Scottish Leaving Certificate Examination, 1952
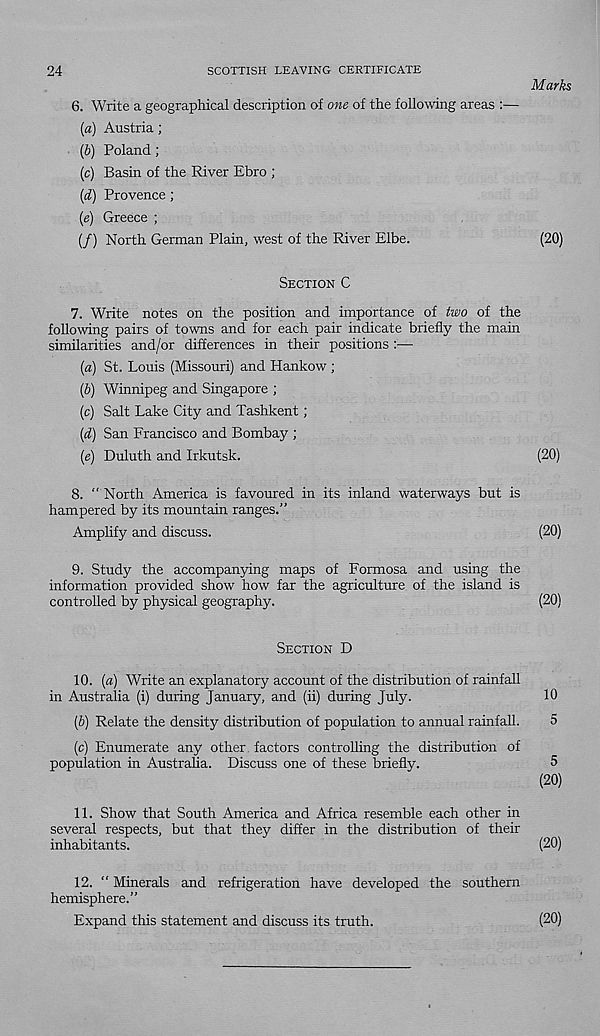
24
SCOTTISH LEAVING CERTIFICATE
6.
Write a geographical description of one of the follow
(a) Austria;
(b) Poland;
(c) Basin of the River Ebro ;
(d) Provence ;
(e) Greece ;
(/) North German Plain, west of the River Elbe.
SECTION C
7. Write notes on the position and importance of two of the
following pairs of towns and for each pair indicate briefly the main
similarities and/or differences in their positions :—
(a) St. Louis (Missouri) and Hankow ;
(b) Winnipeg and Singapore ;
(c) Salt Lake City and Tashkent;
(d) San Francisco and Bombay ;
(e) Duluth and Irkutsk.
8. “ North America is favoured in its inland waterways but is
hampered by its mountain ranges.”
Amplify and discuss.
9. Study the accompanying maps of Formosa and using the
information provided show how far the agriculture of the island is
controlled by physical geography.
SECTION D
10. (a) Write an explanatory account of the distribution of rainfall
in Australia (i) during January, and (ii) during July.
(6) Relate the density distribution of population to annual rainfall.
(c) Enumerate any other factors controlling the distribution of
population in Australia. Discuss one of these briefly.
11. Show that South America and Africa resemble each other in
several respects, but that they differ in the distribution of their
inhabitants.
12. “ Minerals and refrigeration have developed the southern
hemisphere.”
Expand this statement and discuss its truth.
Marks
(20)
(20)
(20)
(20)
10
5
5
(20)
(20)
(20)